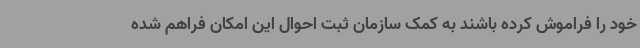
خود را فراموش کرده باشند به کمک سازمان ثبت احوال این امکان فراهم شده